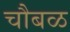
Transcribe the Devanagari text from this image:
चौबळ